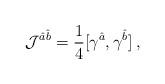
LaTeX: \begin{align*}{\cal J}^{\hat{a}\hat{b}}=\frac{1}{4}[\gamma^{\hat{a}},\gamma^{\hat{b}}] \: ,\end{align*}